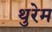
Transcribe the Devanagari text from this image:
थुरेम